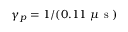
\gamma _ { p } = 1 / ( 0 . 1 1 ~ \mu \mathrm { ~ s ~ } )